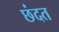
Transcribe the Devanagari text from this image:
छंदत